Annual administration report of the Civil Veterinary Department, Sind - 1942-1943
Year: 1942
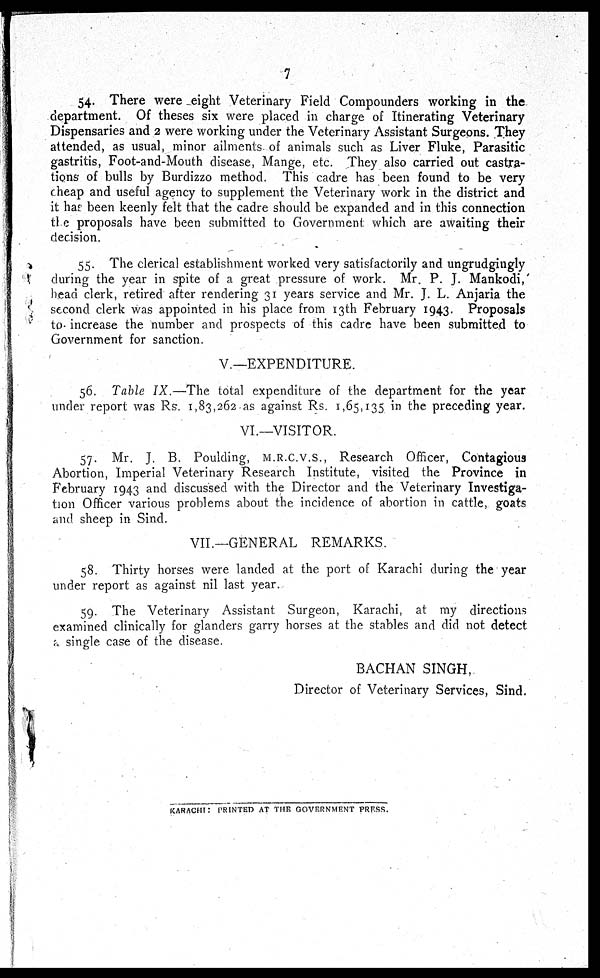
7
54. There were eight Veterinary Field Compounders working in the
department. Of theses six were placed in charge of Itinerating Veterinary
Dispensaries and 2 were working under the Veterinary Assistant Surgeons. They
attended, as usual, minor ailments of animals such as Liver Fluke, Parasitic
gastritis, Foot-and-Mouth disease, Mange, etc. They also carried out castra-
tions of bulls by Burdizzo method. This cadre has been found to be very
cheap and useful agency to supplement the Veterinary work in the district and
it has been keenly felt that the cadre should be expanded and in this connection
the proposals have been submitted to Government which are awaiting their
decision.
55. The clerical establishment worked very satisfactorily and ungrudgingly
during the year in spite of a great pressure of work. Mr. P. J. Mankodi,
head clerk, retired after rendering 31 years service and Mr. J. L. Anjaria the
second clerk was appointed in his place from 13th February 1943. Proposals
to increase the number and prospects of this cadre have been submitted to
Government for sanction.
V.—EXPENDITURE.
56. Table IX.—The total expenditure of the department for the year
under report was Rs. 1,83,262 as against Rs. 1,65,135 in the preceding year.
VI.—VISITOR.
57. Mr. J. B. Poulding, M.R.C.V.S., Research Officer, Contagious
Abortion, Imperial Veterinary Research Institute, visited the Province in
February 1943 and discussed with the Director and the Veterinary Investiga-
tion Officer various problems about the incidence of abortion in cattle, goats
and sheep in Sind.
VII.—GENERAL REMARKS.
58. Thirty horses were landed at the port of Karachi during the year
under report as against nil last year.
59. The Veterinary Assistant Surgeon, Karachi, at my directions
examined clinically for glanders garry horses at the stables and did not detect
a single case of the disease.
BACHAN SINGH,
Director of Veterinary Services, Sind.
KARACHI: PRINTED AT THE GOVERNMENT PRESS.